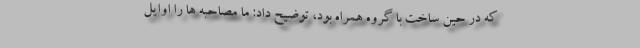
که در حین ساخت با گروه همراه بود، توضیح داد: ما مصاحبه ها را اوایل